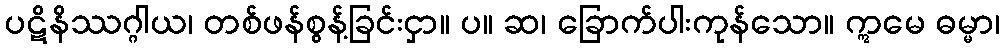
ပဋိနိဿဂ္ဂါယ၊ တစ်ဖန်စွန့်ခြင်းငှာ။ ပ။ ဆ၊ ခြောက်ပါးကုန်သော။ ဣမေ ဓမ္မာ၊